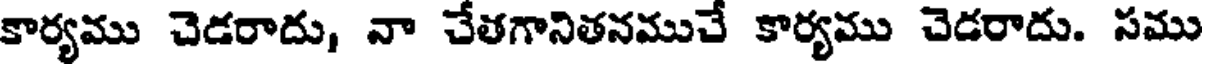
కార్యము చెడరాదు, నా చేతగానితనముచే కార్యము చెడరాదు. సము